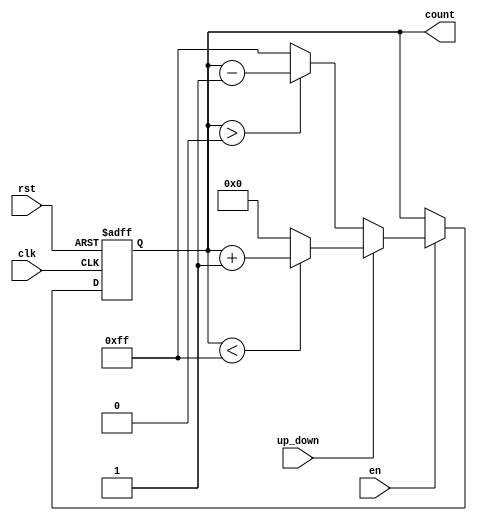
module UpDownCounter #(
    parameter N = 8,               // Number of bits for the counter
    parameter MAX_COUNT = 2**N - 1 // Maximum count value (2^N - 1)
)(
    input wire clk,                // Clock input
    input wire rst,                // Asynchronous reset
    input wire up_down,            // Up/Down control signal
    input wire en,                 // Enable signal
    output reg [N-1:0] count       // N-bit count output
);

    // Asynchronous reset and counting logic
    always @(posedge clk or posedge rst) begin
        if (rst) begin
            count <= 0;             // Reset count to 0
        end else if (en) begin
            if (up_down) begin
                // Count up
                if (count < MAX_COUNT) begin
                    count <= count + 1; // Increment count
                end else begin
                    count <= 0;         // Wrap around to 0
                end
            end else begin
                // Count down
                if (count > 0) begin
                    count <= count - 1; // Decrement count
                end else begin
                    count <= MAX_COUNT; // Wrap around to MAX_COUNT
                end
            end
        end
    end

endmodule